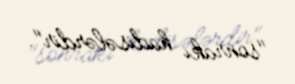
"sonrakı hadisələrdir".